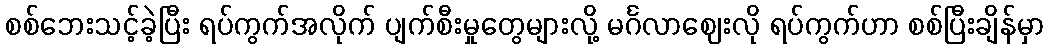
စစ်ဘေးသင့်ခဲ့ပြီး ရပ်ကွက်အလိုက် ပျက်စီးမှုတွေများလို့ မင်္ဂလာဈေးလို ရပ်ကွက်ဟာ စစ်ပြီးချိန်မှာ